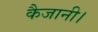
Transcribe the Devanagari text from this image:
कैजानी।